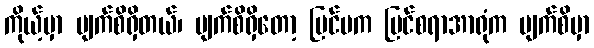
ကိုယ့်မှာ မျက်စိရှိတယ်၊ မျက်စိရှိတော့ ပြင်ပက မြင်စရာအာရုံက မျက်စိမှာ